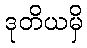
ဒုတိယမှိ